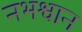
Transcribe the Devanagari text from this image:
नभश्वान